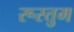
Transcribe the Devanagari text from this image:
रूस्तुम